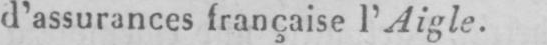
d’assurances française l’Aigle.